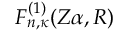
F _ { n , \kappa } ^ { ( 1 ) } ( Z \alpha , R )